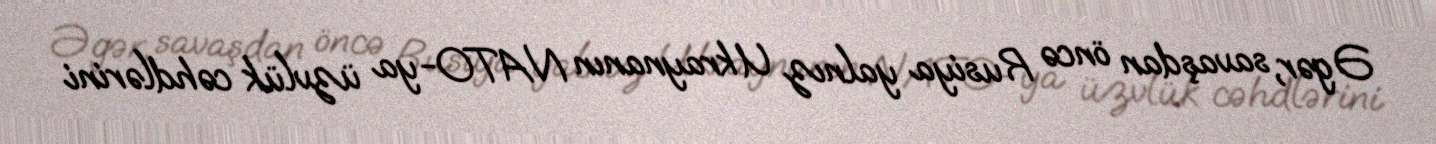
Əgər, savaşdan öncə Rusiya yalnız Ukraynanın NATO-ya üzvlük cəhdlərini